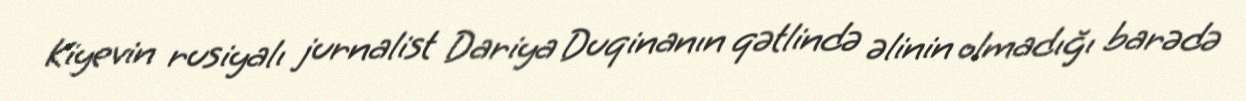
Kiyevin rusiyalı jurnalist Dariya Duqinanın qətlində əlinin olmadığı barədə